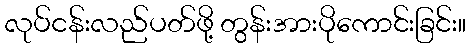
လုပ်ငန်းလည်ပတ်ဖို့ တွန်းအားပိုကောင်းခြင်း။